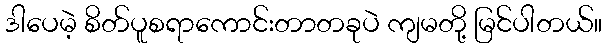
ဒါပေမဲ့ စိတ်ပူစရာကောင်းတာတခုပဲ ကျမတို့ မြင်ပါတယ်။